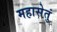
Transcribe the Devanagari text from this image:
महासेतुं